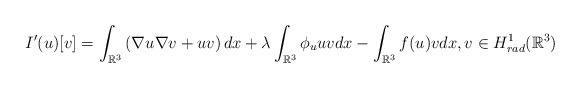
LaTeX: \begin{align*} I'(u)[v]=\int_{\mathbb R^3} \left( \nabla u \nabla v +uv\right) dx +\lambda\int_{\mathbb R^3} \phi_u uv dx- \int_{\mathbb R^3} f(u)vdx, v\in H^1_{rad}(\mathbb R^3)\end{align*}